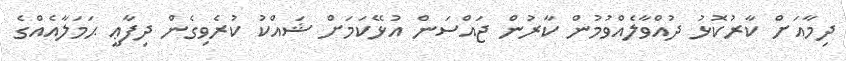
ދިމާއަށް ކާރުކޮޅު ދުއްވާލެއްވުމުން ކާރުން ޖައްސަން އުޅޭކަމަށް ޝައްކު ކުރެވިގެން ދިފާޢީ ޙަމަލާއެއްގެ